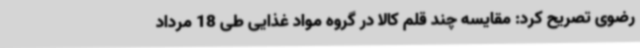
رضوی تصریح کرد: مقایسه چند قلم کالا در گروه مواد غذایی طی 18 مرداد